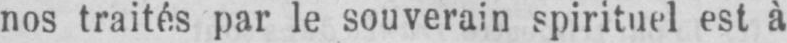
nos traités par le souverain spirituel est à